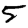
Digit: 5